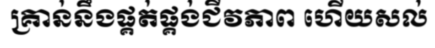
គ្រាន់នឹងផ្គត់ផ្គង់ជីវភាព ហើយសល់